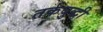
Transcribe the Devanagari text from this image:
तर्कबुद्धी